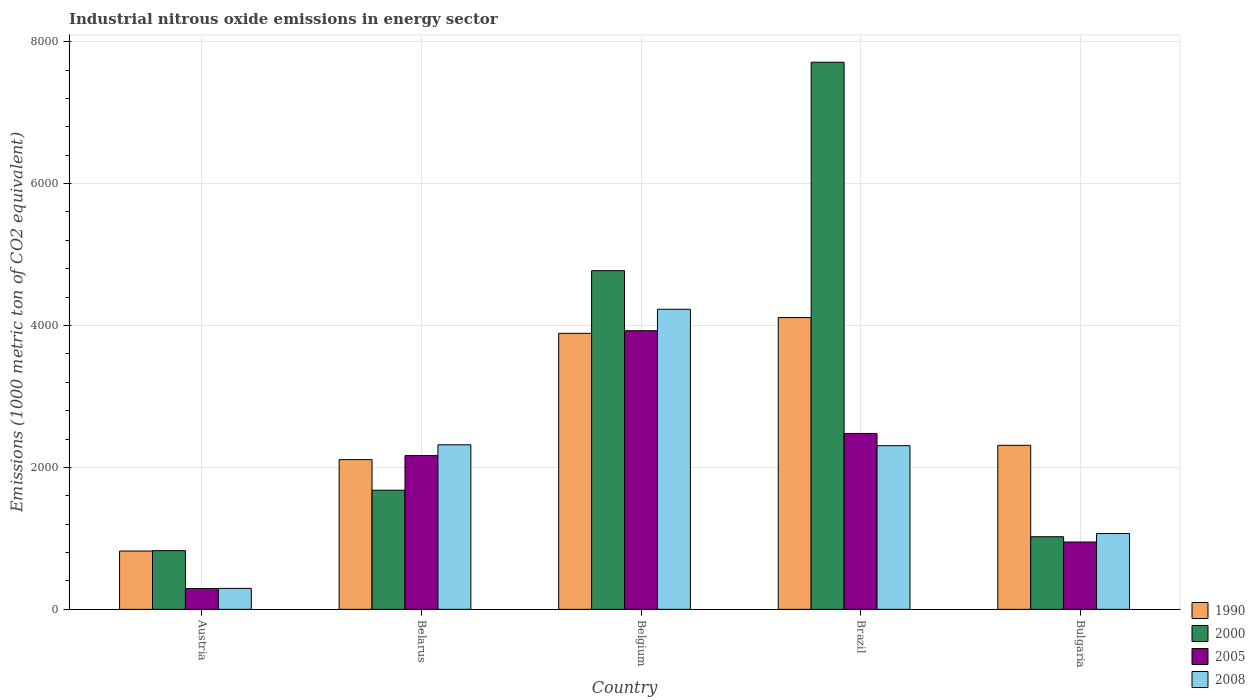
| Country | 1990 | 2000 | 2005 | 2008 |
 | --- | --- | --- | --- | --- |
 | Austria | 822 | 827 | 293 | 295 |
 | Belarus | 2.11e+03 | 1.68e+03 | 2.17e+03 | 2.32e+03 |
 | Belgium | 3.89e+03 | 4.77e+03 | 3.93e+03 | 4.23e+03 |
 | Brazil | 4.11e+03 | 7.71e+03 | 2.48e+03 | 2.31e+03 |
 | Bulgaria | 2.31e+03 | 1.02e+03 | 949 | 1.07e+03 |